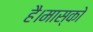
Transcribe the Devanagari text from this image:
है।मास्को